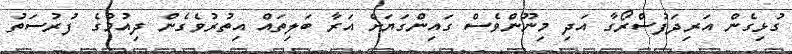
ގުޅިގެން އަރިދަފުސްރޯގާ އަދި މިނޫންވެސް ގައިންގަޔަށް އަރާ ބަލިތައް އިތުރުވެގެން ދިއުމުގެ ފުރުސަތު